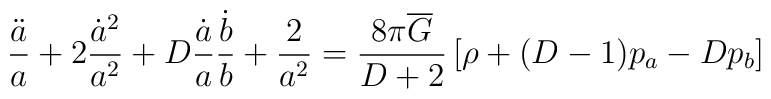
\frac{\ddot{a}}{a} + 2 \frac{\dot{a}^2}{a^2}	+ D \frac{\dot{a}}{a} \frac{\dot{b}}{b} 	+ \frac{2}{a^2} =	\frac{8 \pi \overline{G}}{D+2} \left[	\rho + (D-1) p_a - D p_b	\right]